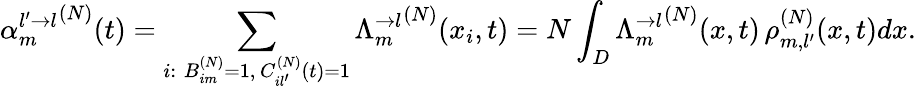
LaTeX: {\alpha_{m}^{l^{\prime}\rightarrow l}}^{(N)}(t)=\sum_{\substack{i:\; B_{im}^{(N)}=1,\, C_{il^{\prime}}^{(N)}(t)=1}}{\Lambda_{m}^{\rightarrow l}}^{(N)}(x_{i},t)=N\int_{D}{\Lambda_{m}^{\rightarrow l}}^{(N)}(x,t)\, \rho_{m,l^{\prime}}^{(N)}(x,t)dx.